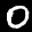
Label: 0